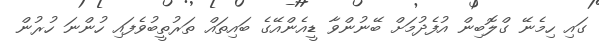
ގައި ހިމެނޭ ގްލޮބިން އުފެދުމަށް ބޭނުންވާ ޑީއެންއޭގެ ބައިތައް ތަރުތީބުވެފައި ހުންނަ ހުރުން